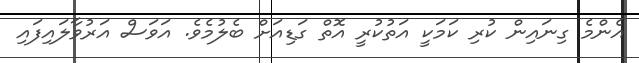
އެންމެ ގިނައިން ކުރި ކަމަކީ އަތުކުރީ އޮތް ގަޑިއަށް ބެލުމެވެ. އަވަސް އަރުވާލައިފައި